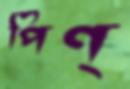
পিণ্